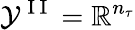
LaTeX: \mathcal{Y}^{\mathrm{~I~I~}}=\mathbb{R}^{n_{\tau}}